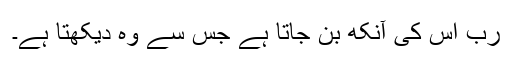
رب اُس کی آنکھ بن جاتا ہے جس سے وہ دیکھتا ہے۔